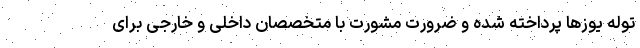
توله یوزها پرداخته شده و ضرورت مشورت با متخصصان داخلی و خارجی برای